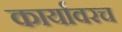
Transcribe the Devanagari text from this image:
कार्यावरच